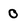
Character: 0